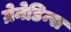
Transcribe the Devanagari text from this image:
ग्रेनेडिन्स